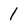
Character: 1